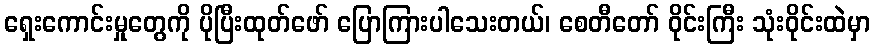
ရှေးကောင်းမှုတွေကို ပိုပြီးထုတ်ဖော် ပြောကြားပါသေးတယ်၊ စေတီတော် ဝိုင်းကြီး သုံးဝိုင်းထဲမှာ